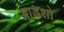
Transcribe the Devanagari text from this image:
ब्राडशो